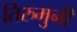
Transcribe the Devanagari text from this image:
तिरुमुनी